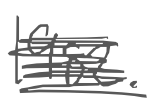
Text: 1982.
Cross-out: scratch
Writing tool: digital_gray